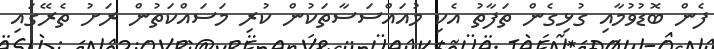
ފެން ބޮޑުވުމާއި ގުޅިގެން ތަފާތު އެކި މުއައްސަސާތަކުން ކުރި މަސައްކަތުން ރަށު ތެރޭގައި